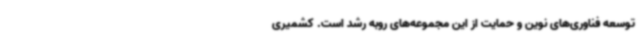
توسعه فناوری‌های نوین و حمایت از این مجموعه‌های روبه رشد است. کشمیری